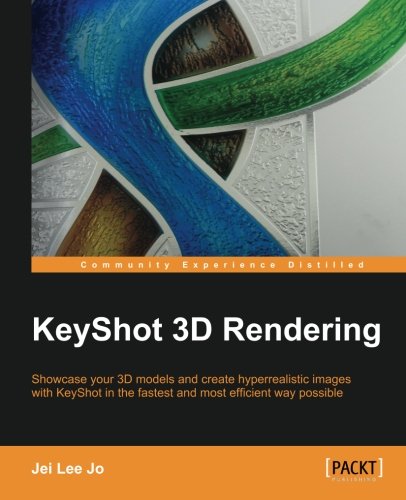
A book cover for KeyShot 3D Rendering; Jei Lee Jo; Computers & Technology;